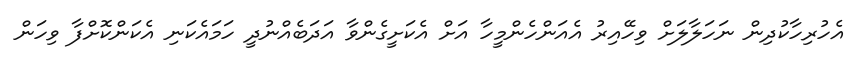
އެހުރިހާކުދިން ނަހަލާލަށް ވިހޭއިރު އެއަންހެންމީހާ އަށް އެކަށީގެންވާ އަދަބެއްނުދީ ހަމައެކަނި އެކަންކޮށްފާ ވިހަން